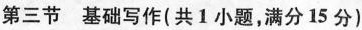
第三节 基础写作(共1小题，满分15分)